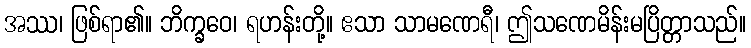
အဿ၊ ဖြစ်ရာ၏။ ဘိက္ခဝေ၊ ရဟန်းတို့။ ဧသာ သာမဏေရီ၊ ဤသဏေမိန်းမပြိတ္တာသည်။